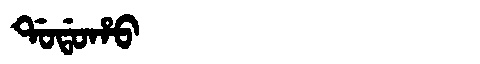
Manchu: ᡩᠣᡩᠣᡥᠣ
Romanization: DODOHO